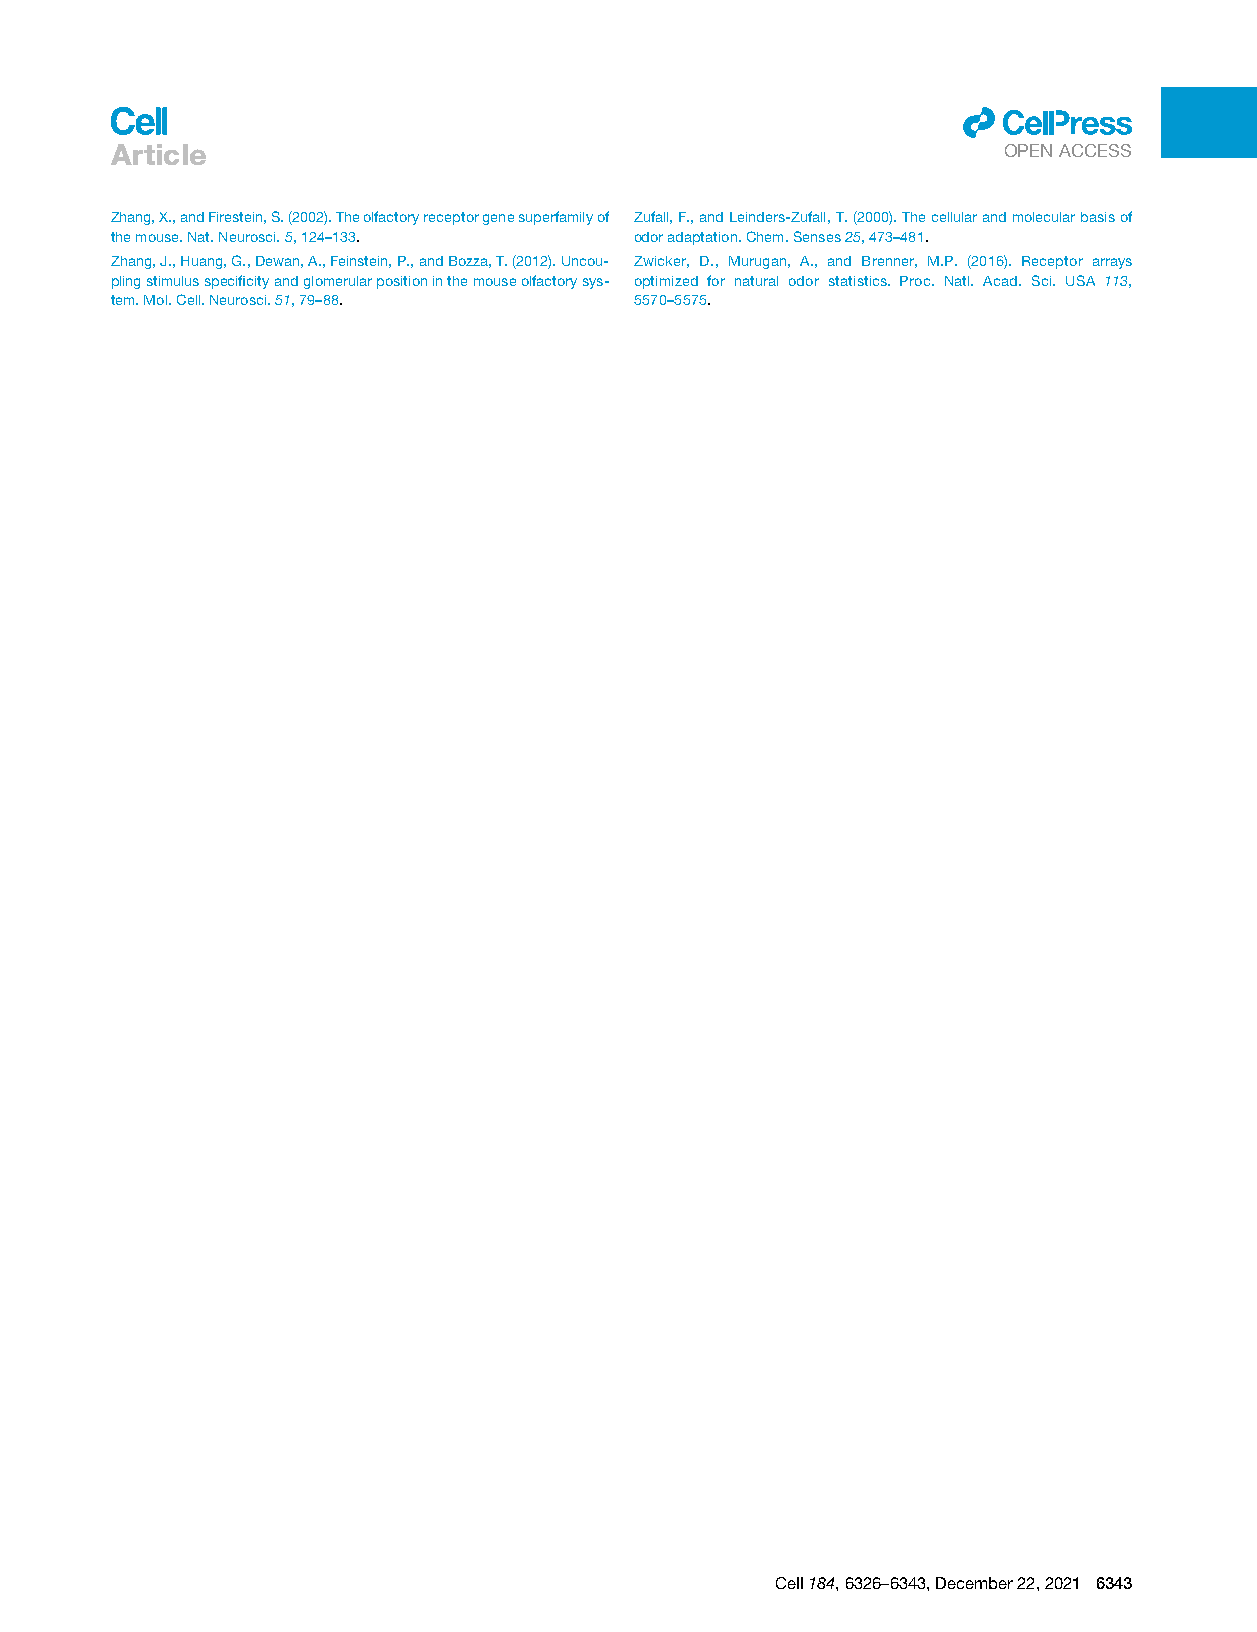
ll
 Article
 OPENACCESS
 Zhang,X.,andFirestein,S.(2002).Theolfactoryreceptorgenesuperfamilyof Zufall,F.,andLeinders-Zufall,T.(2000).Thecellularandmolecularbasisof
 themouse.Nat.Neurosci.5,124–133.   odoradaptation.Chem.Senses25,473–481.
 Zhang,J.,Huang,G.,Dewan,A.,Feinstein,P.,andBozza,T.(2012).Uncou- Zwicker, D., Murugan, A., and Brenner, M.P. (2016). Receptor arrays
 plingstimulusspecificityandglomerularpositioninthemouseolfactorysys- optimized for natural odor statistics. Proc. Natl. Acad. Sci. USA 113,
 tem.Mol.Cell.Neurosci.51,79–88.    5570–5575.
 Cell184,6326–6343,December22,2021 6343